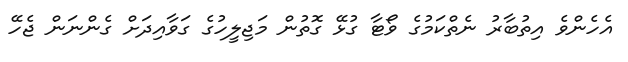
އެހެންވެ އިތުބާރު ނެތްކަމުގެ ވޯޓާ ގުޅޭ ގޮތުން މަޖިލީހުގެ ގަވާއިދަށް ގެންނަން ޖެހޭ